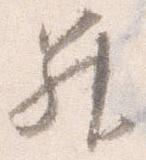
昇